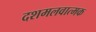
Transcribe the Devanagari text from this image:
दशमलवात्मक